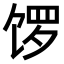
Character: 𫗩